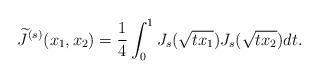
LaTeX: \begin{align*} \widetilde{J}^{(s)} (x_1, x_2) = \frac{1}{4} \int_0^1 J_s(\sqrt{tx_1}) J_s(\sqrt{tx_2}) dt . \end{align*}